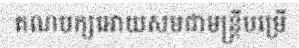
គណបក្សអោយសមជាមន្ត្រីបម្រើ